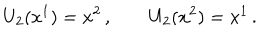
LaTeX: U _ { 2 } ( x ^ { 1 } ) = x ^ { 2 } \, , \qquad U _ { 2 } ( x ^ { 2 } ) = x ^ { 1 } \, .